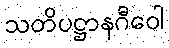
သတိပဋ္ဌာနဂီဝေါ